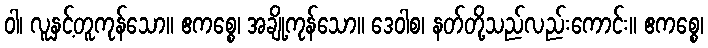
ဝါ၊ လူနှင့်တူကုန်သော။ ဧကစ္စေ၊ အချို့ကုန်သော။ ဒေဝါစ၊ နတ်တို့သည်လည်းကောင်း။ ဧကစ္စေ၊